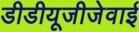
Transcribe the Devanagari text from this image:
डीडीयूजीजेवाई